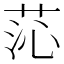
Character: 𦯹